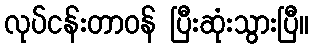
လုပ်ငန်းတာဝန် ပြီးဆုံးသွားပြီ။